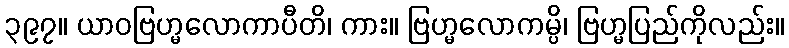
၃၉၇။ ယာဝဗြဟ္မလောကာပီတိ၊ ကား။ ဗြဟ္မလောကမ္ပိ၊ ဗြဟ္မပြည်ကိုလည်း။